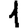
Digit: 1